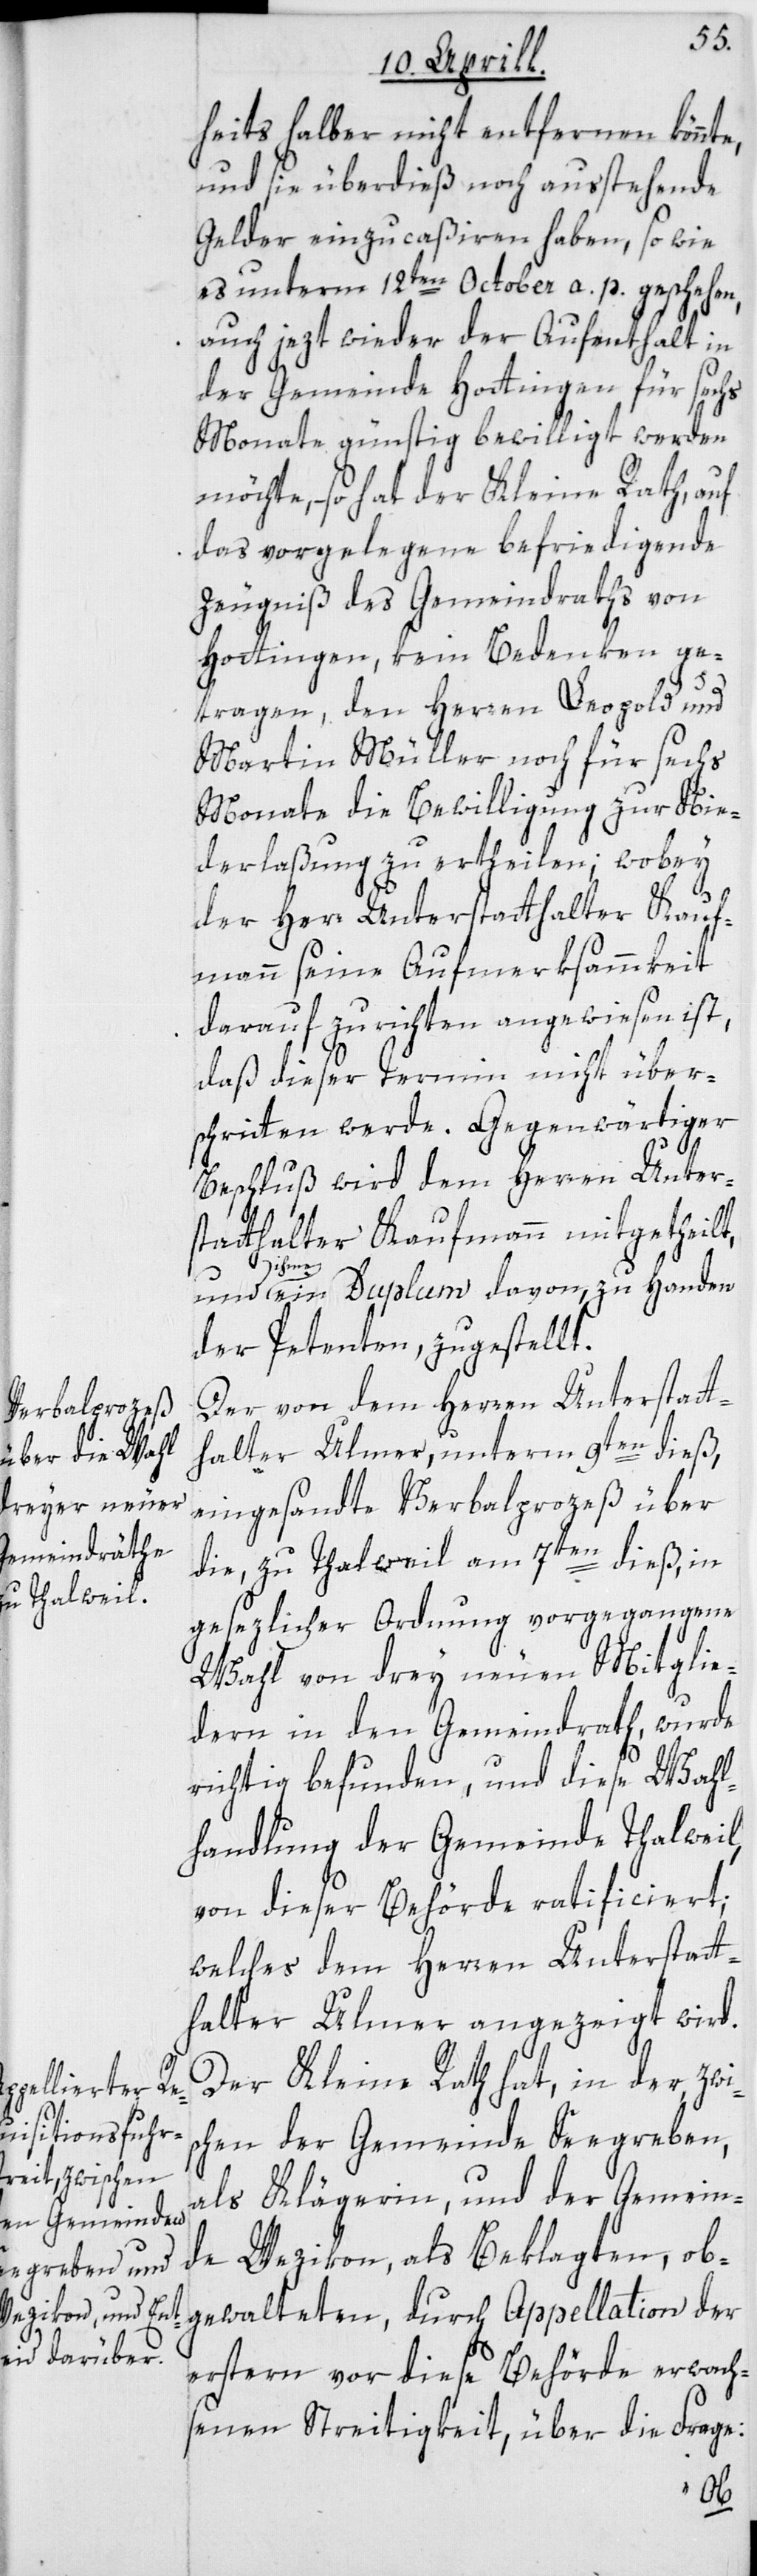
heitshalber nicht entfernen könnte,
und sie überdieß noch ausstehende
Gelder einzucaßiren haben, so wie
es unterm 12ten October a. p. geschehen,
auch jetzt wieder der Aufenthalt in
der Gemeinde Hottingen für sechs
Monate günstig bewilligt werden
möchte, – so hat der Kleine Rath, auf
das vorgelegene befriedigende
Zeugniß des Gemeindraths von
Hottingen, kein Bedenken ge¬
tragen, den Herren Leopold und
Martin Müller noch für sechs
Monate die Bewilligung zur Nie¬
derlaßung zu ertheilen, wobey
der Herr Unterstatthalter Kauf¬
mann seine Aufmerksammkeit
darauf zu richten angewiesen ist,
daß dieser Termin nicht über¬
schritten werde. Gegenwärtiger
Beschluß wird dem Herren Unter¬
statthalter Kaufmann mitgetheilt,
und ihme ein Duplum davon zu Handen
der Petenten zugestellt.
Der von dem Herren Unterstatt¬
halter Ulmer, unterm 9ten dieß,
eingesandte Verbalprozeß über
die, zu Thalweil am 7ten dieß, in
gesezlicher Ordnung vorgegangene
Wahl von drey neuen Mitglie¬
dern in den Gemeindrath, wurde
richtig befunden, und diese Wahl¬
handlung der Gemeinde Thalweil,
von dieser Behörde ratificiert;
welches dem Herren Unterstatt¬
halter Ulmer angezeigt wird.
Der Kleine Rath hat, in der zwis¬
chen der Gemeinde Seegreben
als Klägerin, und der Gemein¬
de Wezikon als Beklagten, ob¬
gewalteten, durch Appellation der
erstern vor dieser Behörde erwach¬
senen Streitigkeit, über die Frage: